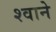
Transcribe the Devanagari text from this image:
श्वाने